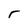
Character: r